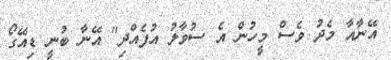
އޭނާއާ މެދު ވެސް މީހުން އެ ސުވާލު އުފެއްދި" އޭނާ ބުނީ ޑިއޭގޯ